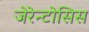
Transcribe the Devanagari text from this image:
जेरेन्टोसिस